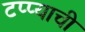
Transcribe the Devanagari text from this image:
टप्प्याची